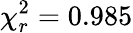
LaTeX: \chi_{r}^{2}=0.985